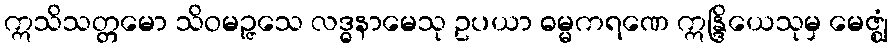
ဣသိသတ္တမော သိဝမဉ္ဇသေ လဒ္ဓနာမေသု ဥပယာ ဓမ္မကရဏေ ဣန္ဒြိယေသုမှ မေဇ္ဈံ